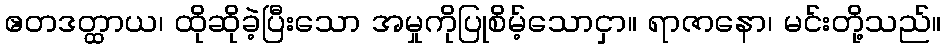
ဧတဒတ္ထာယ၊ ထိုဆိုခဲ့ပြီးသော အမှုကိုပြုစိမ့်သောငှာ။ ရာဇာနော၊ မင်းတို့သည်။